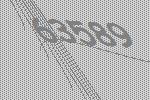
63589